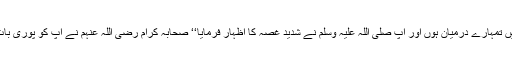
جبکہ میں تمہارے درمیان ہوں اور آپ صلی اللہ علیہ وسلم نے شدید غصہ کا اظہار فرمایا‘‘ صحابہ کرام رضی اللہ عنہم نے آپ کو پوری بات سنائی۔